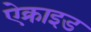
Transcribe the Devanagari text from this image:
ऐक्राइड